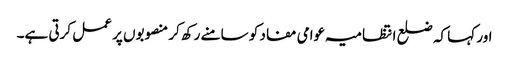
اور کہا کہ ضلع انتظامیہ عوامی مفاد کو سامنے رکھ کر منصوبوں پر عمل کرتی ہے۔